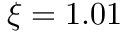
\xi = 1 . 0 1